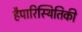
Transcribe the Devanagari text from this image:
हैपारिस्थितिकी